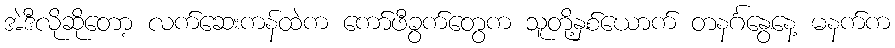
အဲဒီလိုဆိုတော့ လက်ဆေးကန်ထဲက ကော်ဖီခွက်တွေက သူတို့နှစ်ယောက် တနင်္ဂနွေနေ့ မနက်က